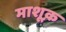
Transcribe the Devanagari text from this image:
माशूक़